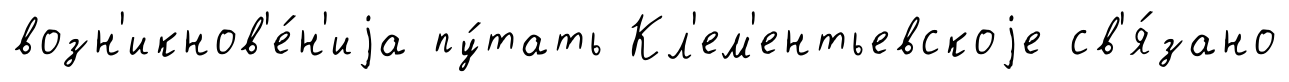
возн'икнов'е́н'иjа пу́тать Кл'ем'ентьевскоjе св'я́зано